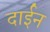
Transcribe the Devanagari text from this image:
दाईन